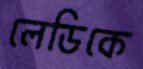
লেডিকে